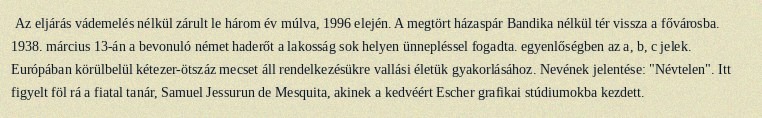
Az eljárás vádemelés nélkül zárult le három év múlva, 1996 elején. A megtört házaspár Bandika nélkül tér vissza a fővárosba. 1938. március 13-án a bevonuló német haderőt a lakosság sok helyen ünnepléssel fogadta. egyenlőségben az a, b, c jelek. Európában körülbelül kétezer-ötszáz mecset áll rendelkezésükre vallási életük gyakorlásához. Nevének jelentése: "Névtelen". Itt figyelt föl rá a fiatal tanár, Samuel Jessurun de Mesquita, akinek a kedvéért Escher grafikai stúdiumokba kezdett.